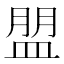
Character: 𥂀